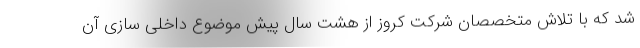
شد که با تلاش متخصصان شرکت کروز از هشت سال پیش موضوع داخلی سازی آن